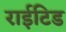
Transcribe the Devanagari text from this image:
राईटिड